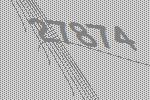
27874